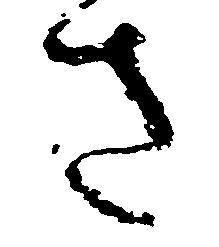
さ